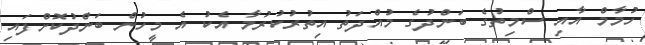
ހުމާމް އާއި ސްމިތުގެ ބަންދުގެ މުއްދަތު އިތުރުކުރުމާ އެކު އެ މީހުން ބަންދުކޮށްފައި